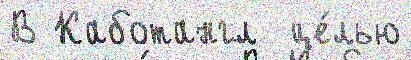
В Каботангл  це́лью